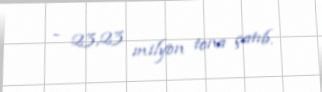
- 23,23 milyon tona çatıb.